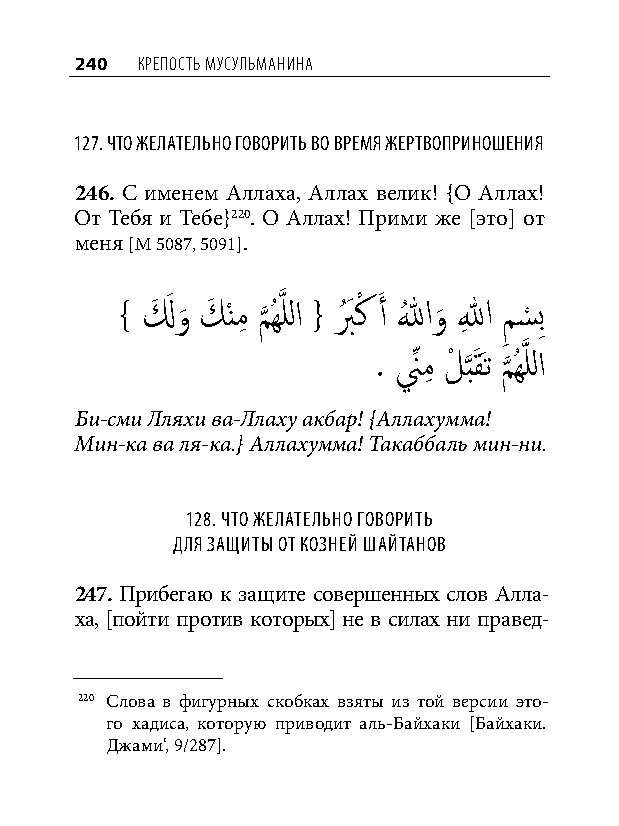
240 КреПость мусульманина
 127. что желательно говорить во время жертвоприношения
 246. С именем Аллаха, Аллах велик! {О Аллах!
 От Тебя и Тебе}220. О Аллах! Прими же [это] от
 меня [М 5087, 5091].
 } لَ َ و
 َ
 كَ ْنمِ م
 َّذ
 ُهَّذ للا { بُ َ كْ َ أ اللهُ و
 َ
 اللهِ م
 ِ
 س
 ْ
 بِ
 . نِّ مِ لْ بَقَت مُهَّذ للا
 َّذ َّذ
 Би-сми Лляхи ва-Ллаху акбар! {Аллахумма!
 Мин-ка ва ля-ка.} Аллахумма! Такаббаль мин-ни.
 128. что желательно говорить
 для защиты от козней шайтанов
 247. Прибегаю к защите совершенных слов Алла-
 ха, [пойти против которых] не в силах ни правед-
 220 Слова в фигурных скобках взяты из той версии это-
 го хадиса, которую приводит аль-Байхаки [Байхаки.
 Джами‘, 9/287].